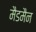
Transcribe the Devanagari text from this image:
मैडमैन